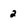
Character: 2